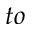
t o